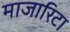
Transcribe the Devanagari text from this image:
माजारिटा